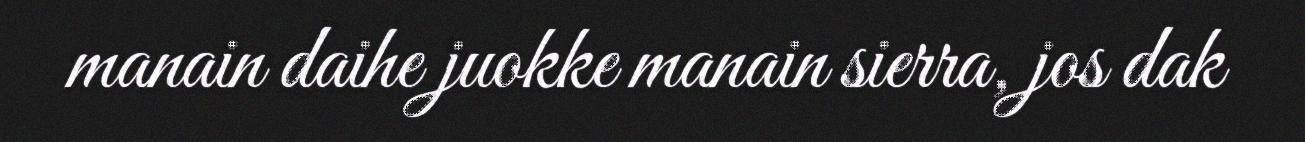
manain daihe juokke manain sierra, jos dak